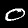
Label: 0